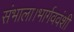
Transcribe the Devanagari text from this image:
संभाला।भार्गववंशी